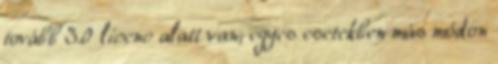
tovább 3.0 licenc alatt van; egyes esetekben más módon